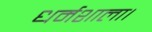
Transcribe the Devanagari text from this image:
धर्मशाला।